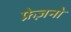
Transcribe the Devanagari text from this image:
फ्रेज़नो